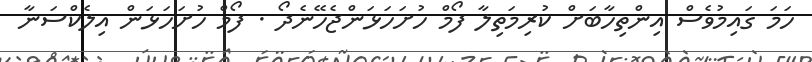
ހަމަ ގައިމުވެސް އިންތިހާބަށް ކުރިމަތިލާ ފޯމް ހުށަހަޅަންޖެހޭނެދޯ . ފޯމް ހުށަހަޅަން އިލެކްސަނާ